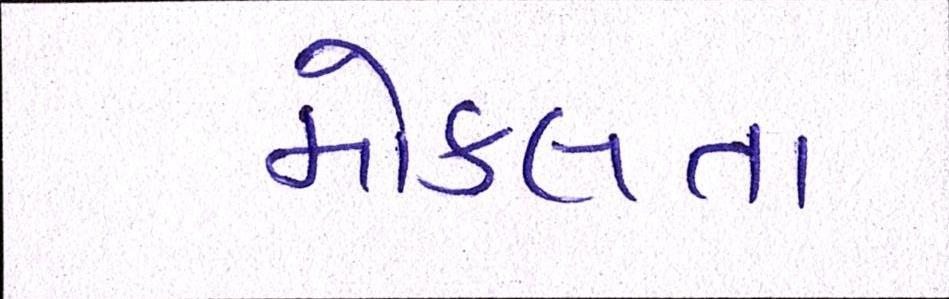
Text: મોકલતા